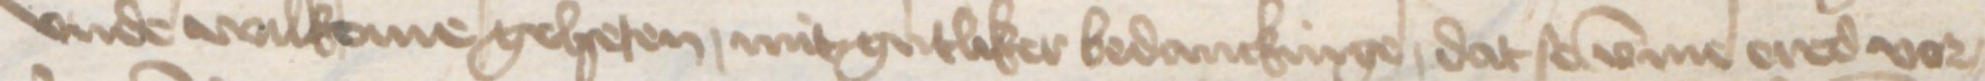
vnde wilkome geheten mitgutliker bedanckinge, dat se vmme ered vor¬